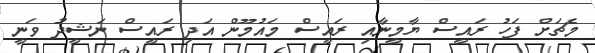
މެޗަށް ފަހު ރައީސް ޔާމީނާއި ރައީސް މައުމޫން އަދި ރައީސް ނަޝީދު ވަނީ